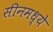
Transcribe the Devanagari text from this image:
सीनमध्ये